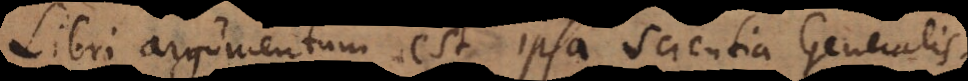
Libri argumentum est ipsa Scientia Generalis,